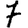
Digit: 7